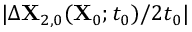
\vert \Delta \mathbf { X } _ { 2 , 0 } ( \mathbf { X } _ { 0 } ; t _ { 0 } ) / 2 t _ { 0 } \vert